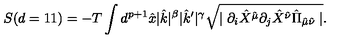
S ( d = 1 1 ) = - T \int d ^ { p + 1 } \hat { x } | \hat { k } | ^ { \beta } | \hat { k } ^ { \prime } | ^ { \gamma } \sqrt { \mid \partial _ { i } \hat { X } ^ { \hat { \mu } } \partial _ { j } \hat { X } ^ { \hat { \nu } } \hat { \Pi } _ { \hat { \mu } \hat { \nu } } \mid } .